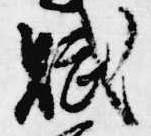
賦